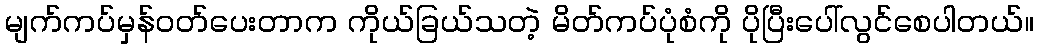
မျက်ကပ်မှန်ဝတ်ပေးတာက ကိုယ်ခြယ်သတဲ့ မိတ်ကပ်ပုံစံကို ပိုပြီးပေါ်လွင်စေပါတယ်။